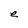
Character: e